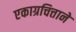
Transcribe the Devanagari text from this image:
एकाग्रचित्ताने